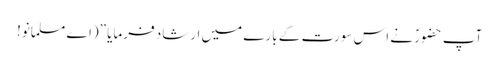
آپ حضورؐ نے اس سورت کے بارے میں ارشاد فرمایا ”(اے مسلمانو!